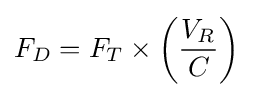
F_{D}=F_{T}\times \left({\frac {V_{R}}{C}}\right)